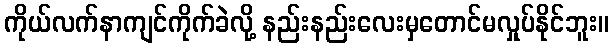
ကိုယ်လက်နာကျင်ကိုက်ခဲလို့ နည်းနည်းလေးမှတောင်မလှုပ်နိုင်ဘူး။